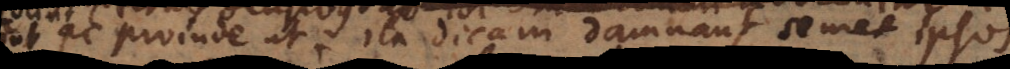
ac proinde ut ita dicam damnant semet ipsos.